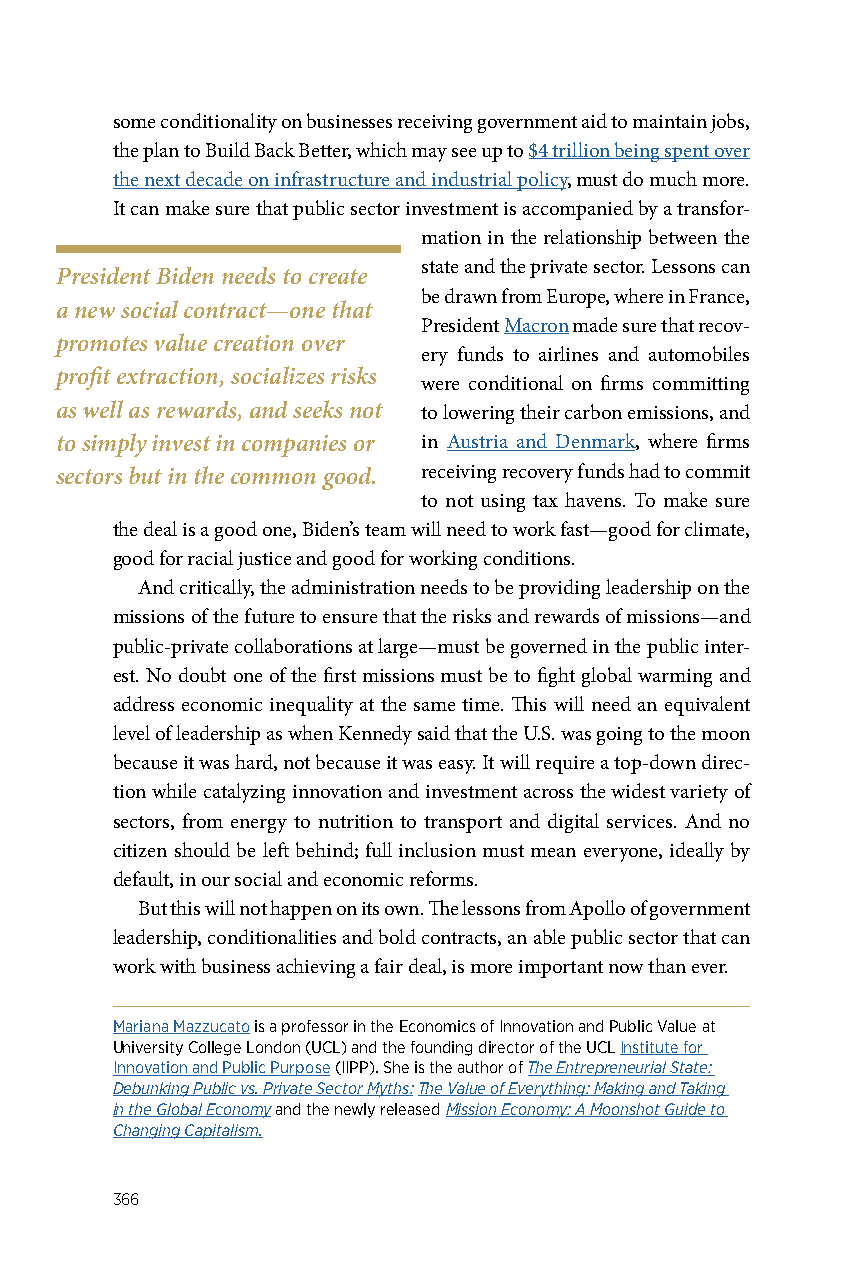
some conditionality on businesses receiving government aid to maintain jobs,
 the plan to Build Back Better, which may see up to $4 trillion being spent over
 the next decade on infrastructure and industrial policy, must do much more.
 It can make sure that public sector investment is accompanied by a transfor-
 mation in the relationship between the
 state and the private sector. Lessons can
 President Biden needs to create
 be drawn from Europe, where in France,
 a new social contract—one that
 President Macron made sure that recov-
 promotes value creation over
 ery funds to airlines and automobiles
 profit extraction, socializes risks
 were conditional on firms committing
 as well as rewards, and seeks not to lowering their carbon emissions, and
 to simply invest in companies or in Austria and Denmark, where firms
 sectors but in the common good. receiving recovery funds had to commit
 to not using tax havens. To make sure
 the deal is a good one, Biden’s team will need to work fast—good for climate,
 good for racial justice and good for working conditions.
 And critically, the administration needs to be providing leadership on the
 missions of the future to ensure that the risks and rewards of missions—and
 public-private collaborations at large—must be governed in the public inter-
 est. No doubt one of the first missions must be to fight global warming and
 address economic inequality at the same time. This will need an equivalent
 level of leadership as when Kennedy said that the U.S. was going to the moon
 because it was hard, not because it was easy. It will require a top-down direc-
 tion while catalyzing innovation and investment across the widest variety of
 sectors, from energy to nutrition to transport and digital services. And no
 citizen should be left behind; full inclusion must mean everyone, ideally by
 default, in our social and economic reforms.
 But this will not happen on its own. The lessons from Apollo of government
 leadership, conditionalities and bold contracts, an able public sector that can
 work with business achieving a fair deal, is more important now than ever.
 Mariana Mazzucato is a professor in the Economics of Innovation and Public Value at
 University College London (UCL) and the founding director of the UCL Institute for
 Innovation and Public Purpose (IIPP). She is the author of The Entrepreneurial State:
 Debunking Public vs. Private Sector Myths: The Value of Everything: Making and Taking
 in the Global Economy and the newly released Mission Economy: A Moonshot Guide to
 Changing Capitalism.
 366